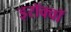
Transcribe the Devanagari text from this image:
इरॉक्वॉ